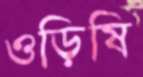
ওড়িষি